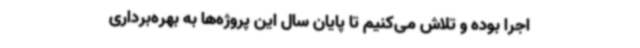
اجرا بوده و تلاش می‌کنیم تا پایان سال این پروژه‌ها به بهره‌برداری